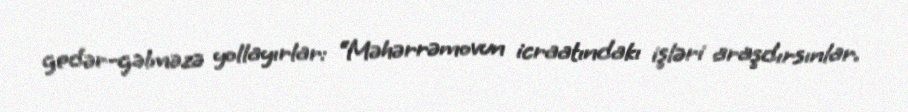
gedər-gəlməzə yollayırlar: “Məhərrəmovun icraatındakı işləri araşdırsınlar.